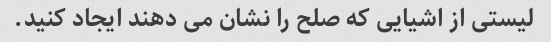
لیستی از اشیایی که صلح را نشان می دهند ایجاد کنید.